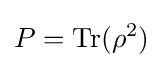
P=\operatorname {Tr} (\rho ^{2})